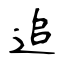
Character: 追